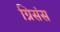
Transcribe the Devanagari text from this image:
ग्रिसंस